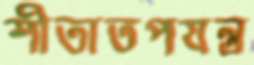
শীতাতপযন্ত্র